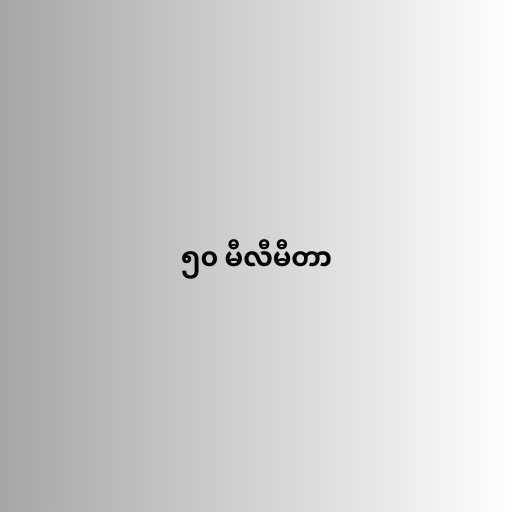
၅၀ မီလီမီတာ